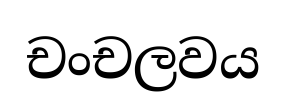
චංචලවය